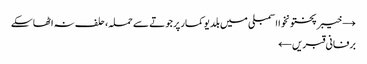
→ خیبرپختونخوا اسمبلی میں بلدیو کمار پر جوتے سے حملہ، حلف نہ اٹھاسکے
برفانی قبریں ←